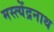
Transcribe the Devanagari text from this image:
मस्त्येंद्रनाथ